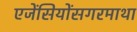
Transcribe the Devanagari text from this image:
एजेंसियोंसगरमाथा